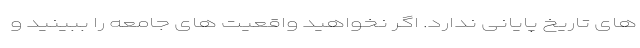
های تاریخ پایانی ندارد. اگر نخواهید واقعیت های جامعه را ببینید و